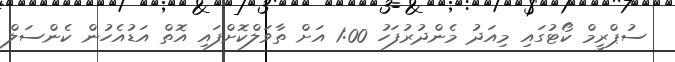
ސުޕްރީމް ކޯޓުގައި މިއަދު މެންދުރުފަހު 1:00 އަށް ތާވަލްކޮށްފައި އޮތް އަޑުއެހުން ކެންސަލް